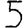
Digit: 5